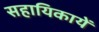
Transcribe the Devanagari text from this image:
सहायिकायें